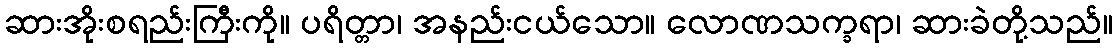
ဆားအိုးစရည်းကြီးကို။ ပရိတ္တာ၊ အနည်းငယ်သော။ လောဏသက္ခရာ၊ ဆားခဲတို့သည်။